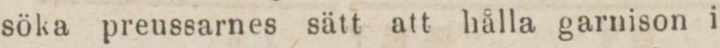
söka preussarnes sätt att hålla garnison i